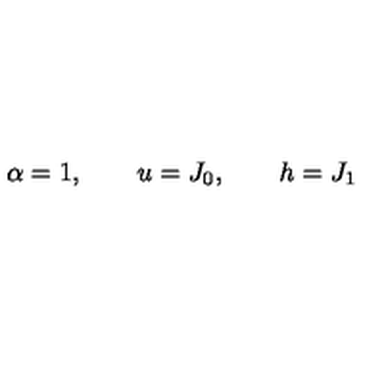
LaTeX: \alpha = 1 , \qquad u = J _ { 0 } , \qquad h = J _ { 1 }